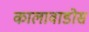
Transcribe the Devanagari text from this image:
कालावाडोस